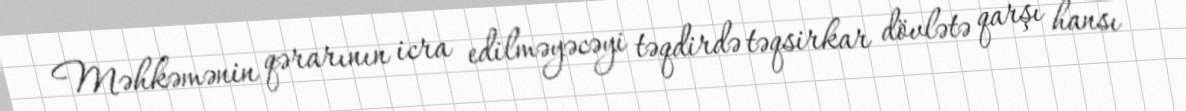
Məhkəmənin qərarının icra edilməyəcəyi təqdirdə təqsirkar dövlətə qarşı hansı